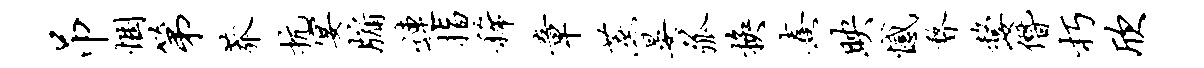
吊悃第莽抗宴牖连指稀章蔗晏弧换熹映憾瞀嫠僭朽欣